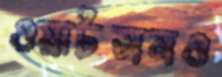
ওয়াটসনও